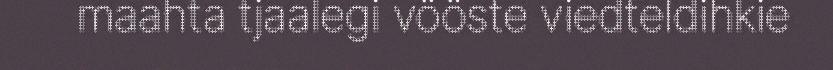
maahta tjaalegi vööste viedteldihkie